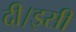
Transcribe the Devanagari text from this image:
दी।इसी